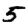
Digit: 5